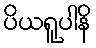
ပိယရူပါနိ